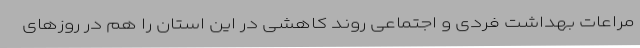
مراعات بهداشت فردی و اجتماعی روند کاهشی در این استان را هم در روزهای